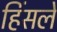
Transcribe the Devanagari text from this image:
हिंसले